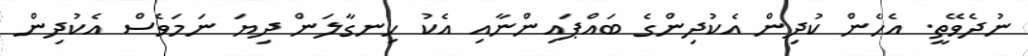
ނުދެވޭތީ. އެހެން ކުދިން އެކުދިންގެ ބައްޕައިންނާއި އެކު ހިނގާލަން ދިޔަ ނަމަވެސް އެކުދިން